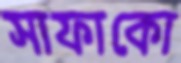
সাফাকো